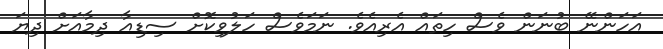
އަހަންނޭ ބުނަން ވެސް ހިތައް އެރިއެވެ. ނަމަވެސް ހަލުވިކޮށް ސިޑިއާ ދިމާއަށް ދިޔަ